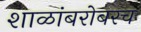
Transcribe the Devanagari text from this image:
शाळांबरोबरच